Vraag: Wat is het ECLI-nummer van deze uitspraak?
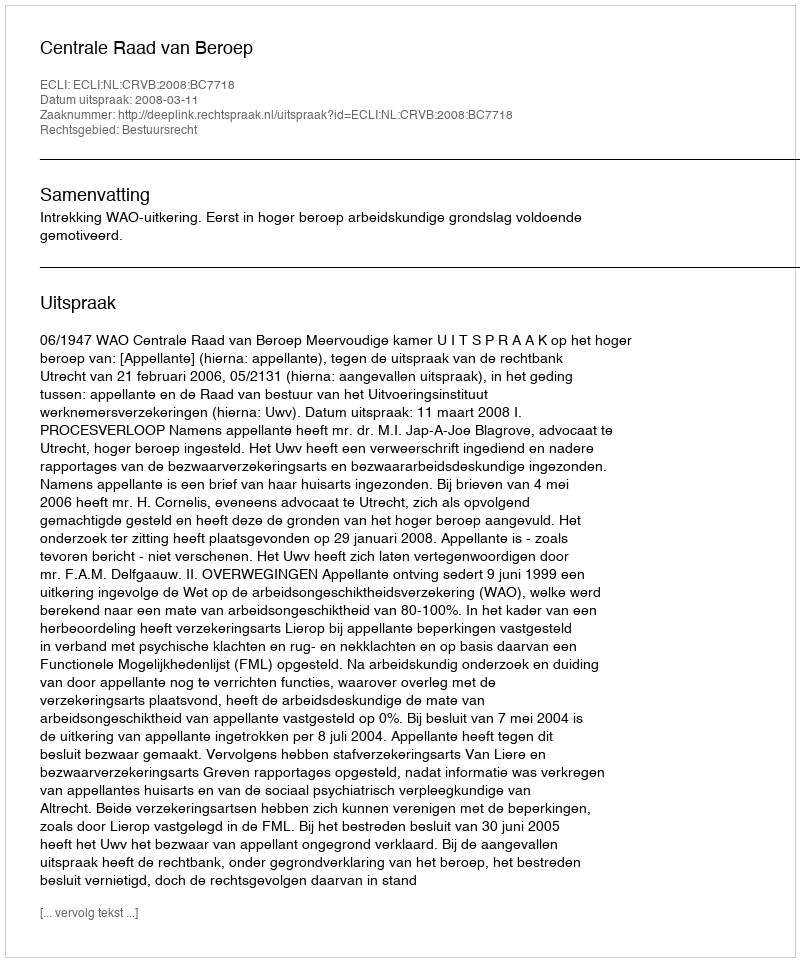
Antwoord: ECLI:NL:CRVB:2008:BC7718